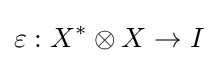
\varepsilon :X^{*}\otimes X\to I